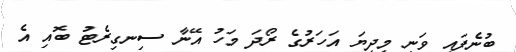
ބުނެފައި ވަނީ މިދިޔަ އަހަރުގެ ރޯދަ މަހު އޭނާ ސިނގިރެޓު ބޮއި އެ